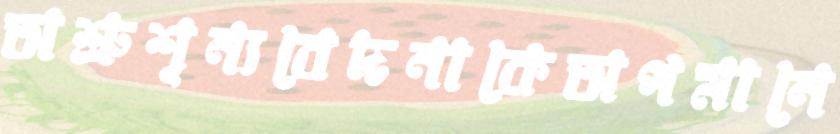
অশ্রুশূন্যবেদনাকেঅপমানে